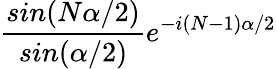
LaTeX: \frac{sin(N\alpha/2)}{sin(\alpha/2)}e^{-i(N-1)\alpha/2}